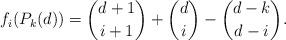
LaTeX: \begin{align*}f_i(P_k(d)) = \binom{d+1}{i+1} + \binom{d}{i} - \binom{d-k}{d-i}.\end{align*}